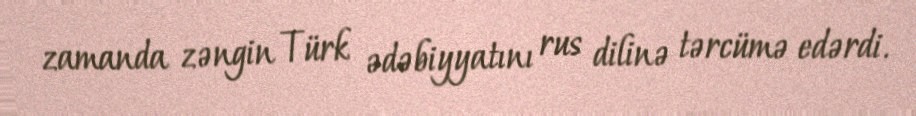
zamanda zəngin Türk ədəbiyyatını rus dilinə tərcümə edərdi.